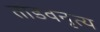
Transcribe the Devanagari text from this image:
तांडवनृत्य